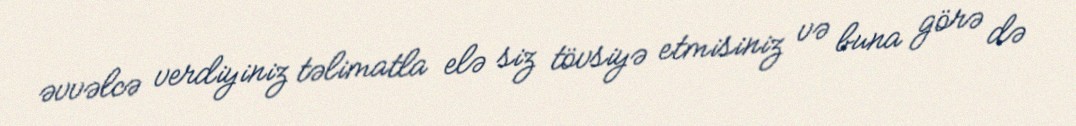
əvvəlcə verdiyiniz təlimatla elə siz tövsiyə etmisiniz və buna görə də